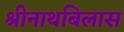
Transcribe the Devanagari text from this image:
श्रीनाथबिलास